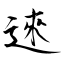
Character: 逨